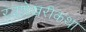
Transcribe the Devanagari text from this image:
रत्नशेखरीकथा